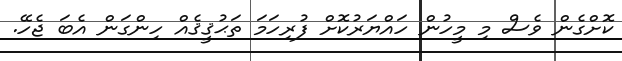
ކޮށްގެން ވެސް މި މީހުން ހައްޔަރުކޮށް ފުރިހަމަ ތަޙުޤީޤެއް ހިންގަން އެބަ ޖެހޭ.